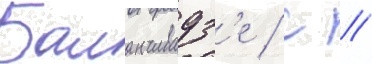
Баланчивадз'е / с //